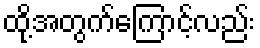
ထို့အတွက်ကြောင့်လည်း